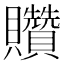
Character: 𧹏